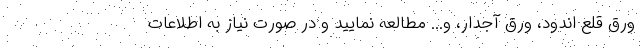
ورق قلع اندود، ورق آجدار، و... مطالعه نمایید و در صورت نیاز به اطلاعات